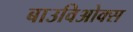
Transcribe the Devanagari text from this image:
बाउविओक्स